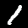
Digit: 1